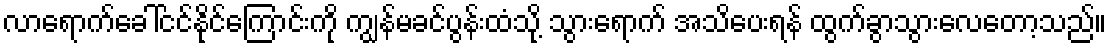
လာရောက်ခေါ်ငင်နိုင်ကြောင်းကို ကျွန်မခင်ပွန်းထံသို့ သွားရောက် အသိပေးရန် ထွက်ခွာသွားလေတော့သည်။